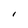
Character: l